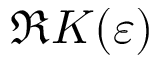
\Re K ( \varepsilon )